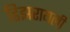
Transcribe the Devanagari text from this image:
डिझरायली